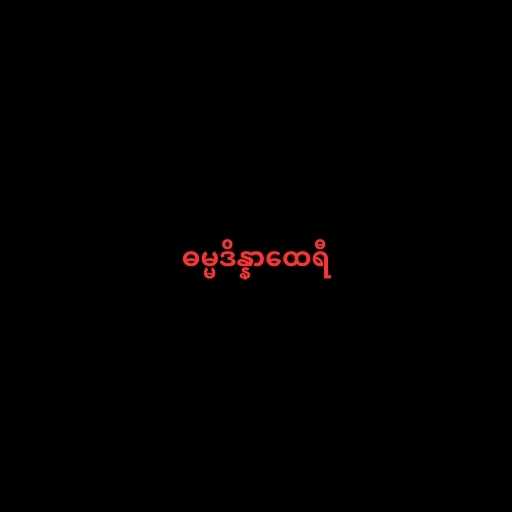
ဓမ္မဒိန္နာထေရီ